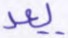
يعد